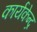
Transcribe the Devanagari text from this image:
कार्यकेन्द्र